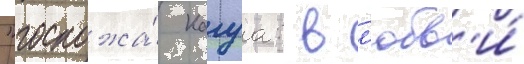
"госпожа́ кагуа: в л'юбв'и́